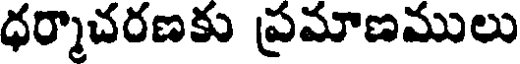
ధర్మాచరణకు ప్రమాణములు